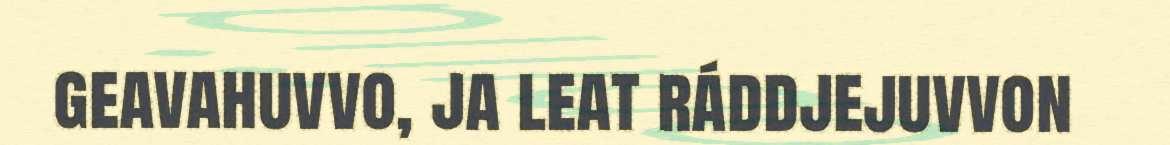
geavahuvvo, ja leat ráddjejuvvon